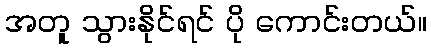
အတူ သွားနိုင်ရင် ပို ကောင်းတယ်။